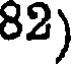
82)